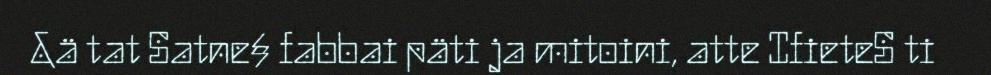
&ä tat Satne§ fabbai päti ja mitoini, atte IfieteS ti